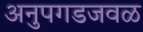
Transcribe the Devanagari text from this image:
अनुपगडजवळ